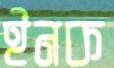
ইনক